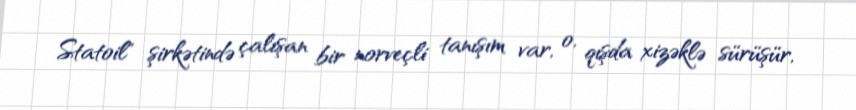
Statoil" şirkətində çalışan bir norveçli tanışım var, o, qışda xizəklə sürüşür,